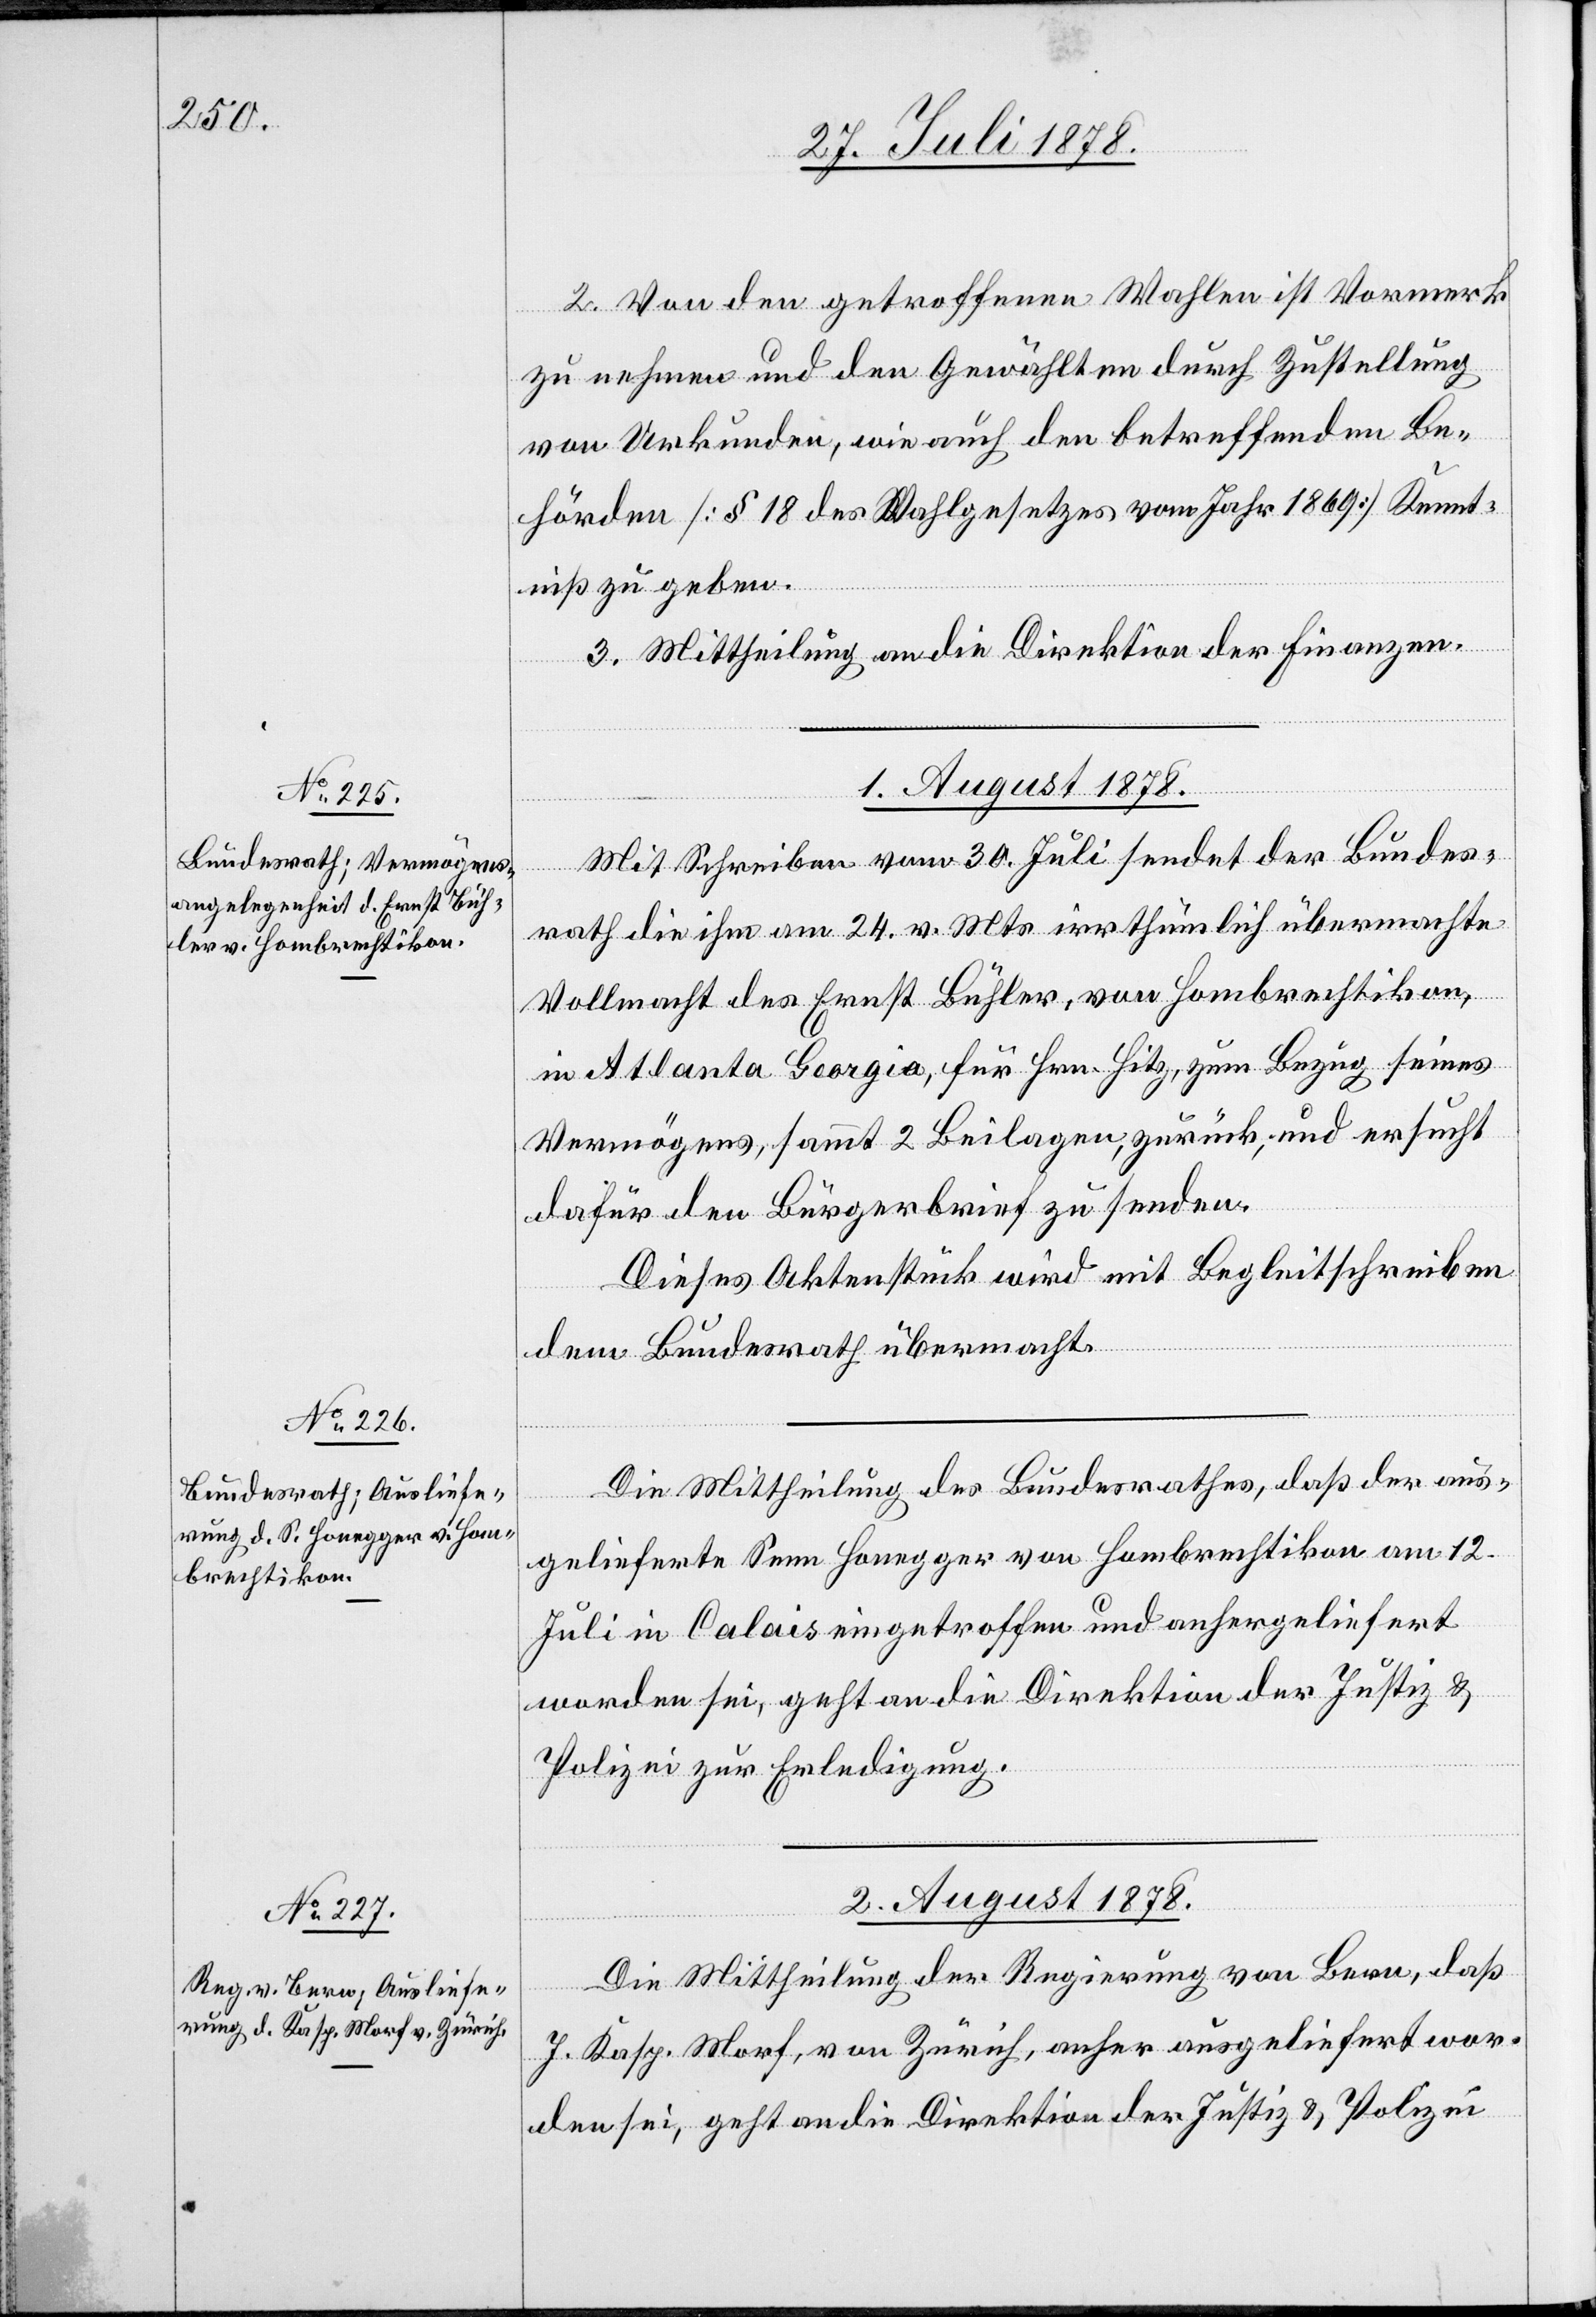
2. Von den getroffenen Wahlen ist Vormerk
zu nehmen und den Gewählten durch Zustellung
von Urkunden, wie auch den betreffenden Be¬
hörden [§ 18 des Wahlgesetzes vom Jahr 1869] Kennt¬
niß zu geben.
3. Mittheilung an die Direktion der Finanzen.
1. August 1878.
Mit Schreiben vom 30. Juli sendet der Bundes¬
rath die ihm am 24. v. Mts. irrthümlich übermachte
Vollmacht des Ernst Bühler, von Hombrechtikon,
in Atlanta Georgia, für Hrn. Hitz, zum Bezug seines
Vermögens, sammt 2 Beilagen, zurück, und ersucht
dafür den Bürgerbrief zu senden.
Dieses Aktenstück wird mit Begleitschreiben
dem Bundesrath übermacht.
Die Mittheilung des Bundesrathes, daß der aus¬
gelieferte Senn Honegger von Hombrechtikon am 12.
Juli in Calais eingetroffen und anhergeliefert
worden sei, geht an die Direktion der Justiz &
Polizei zur Erledigung.
2. August 1878.
Die Mittheilung der Regierung von Bern, daß
J. Kasp. Morf, von Zürich, anher ausgeliefert wor¬
den sei, geht an die Direktion der Justiz & Polizei